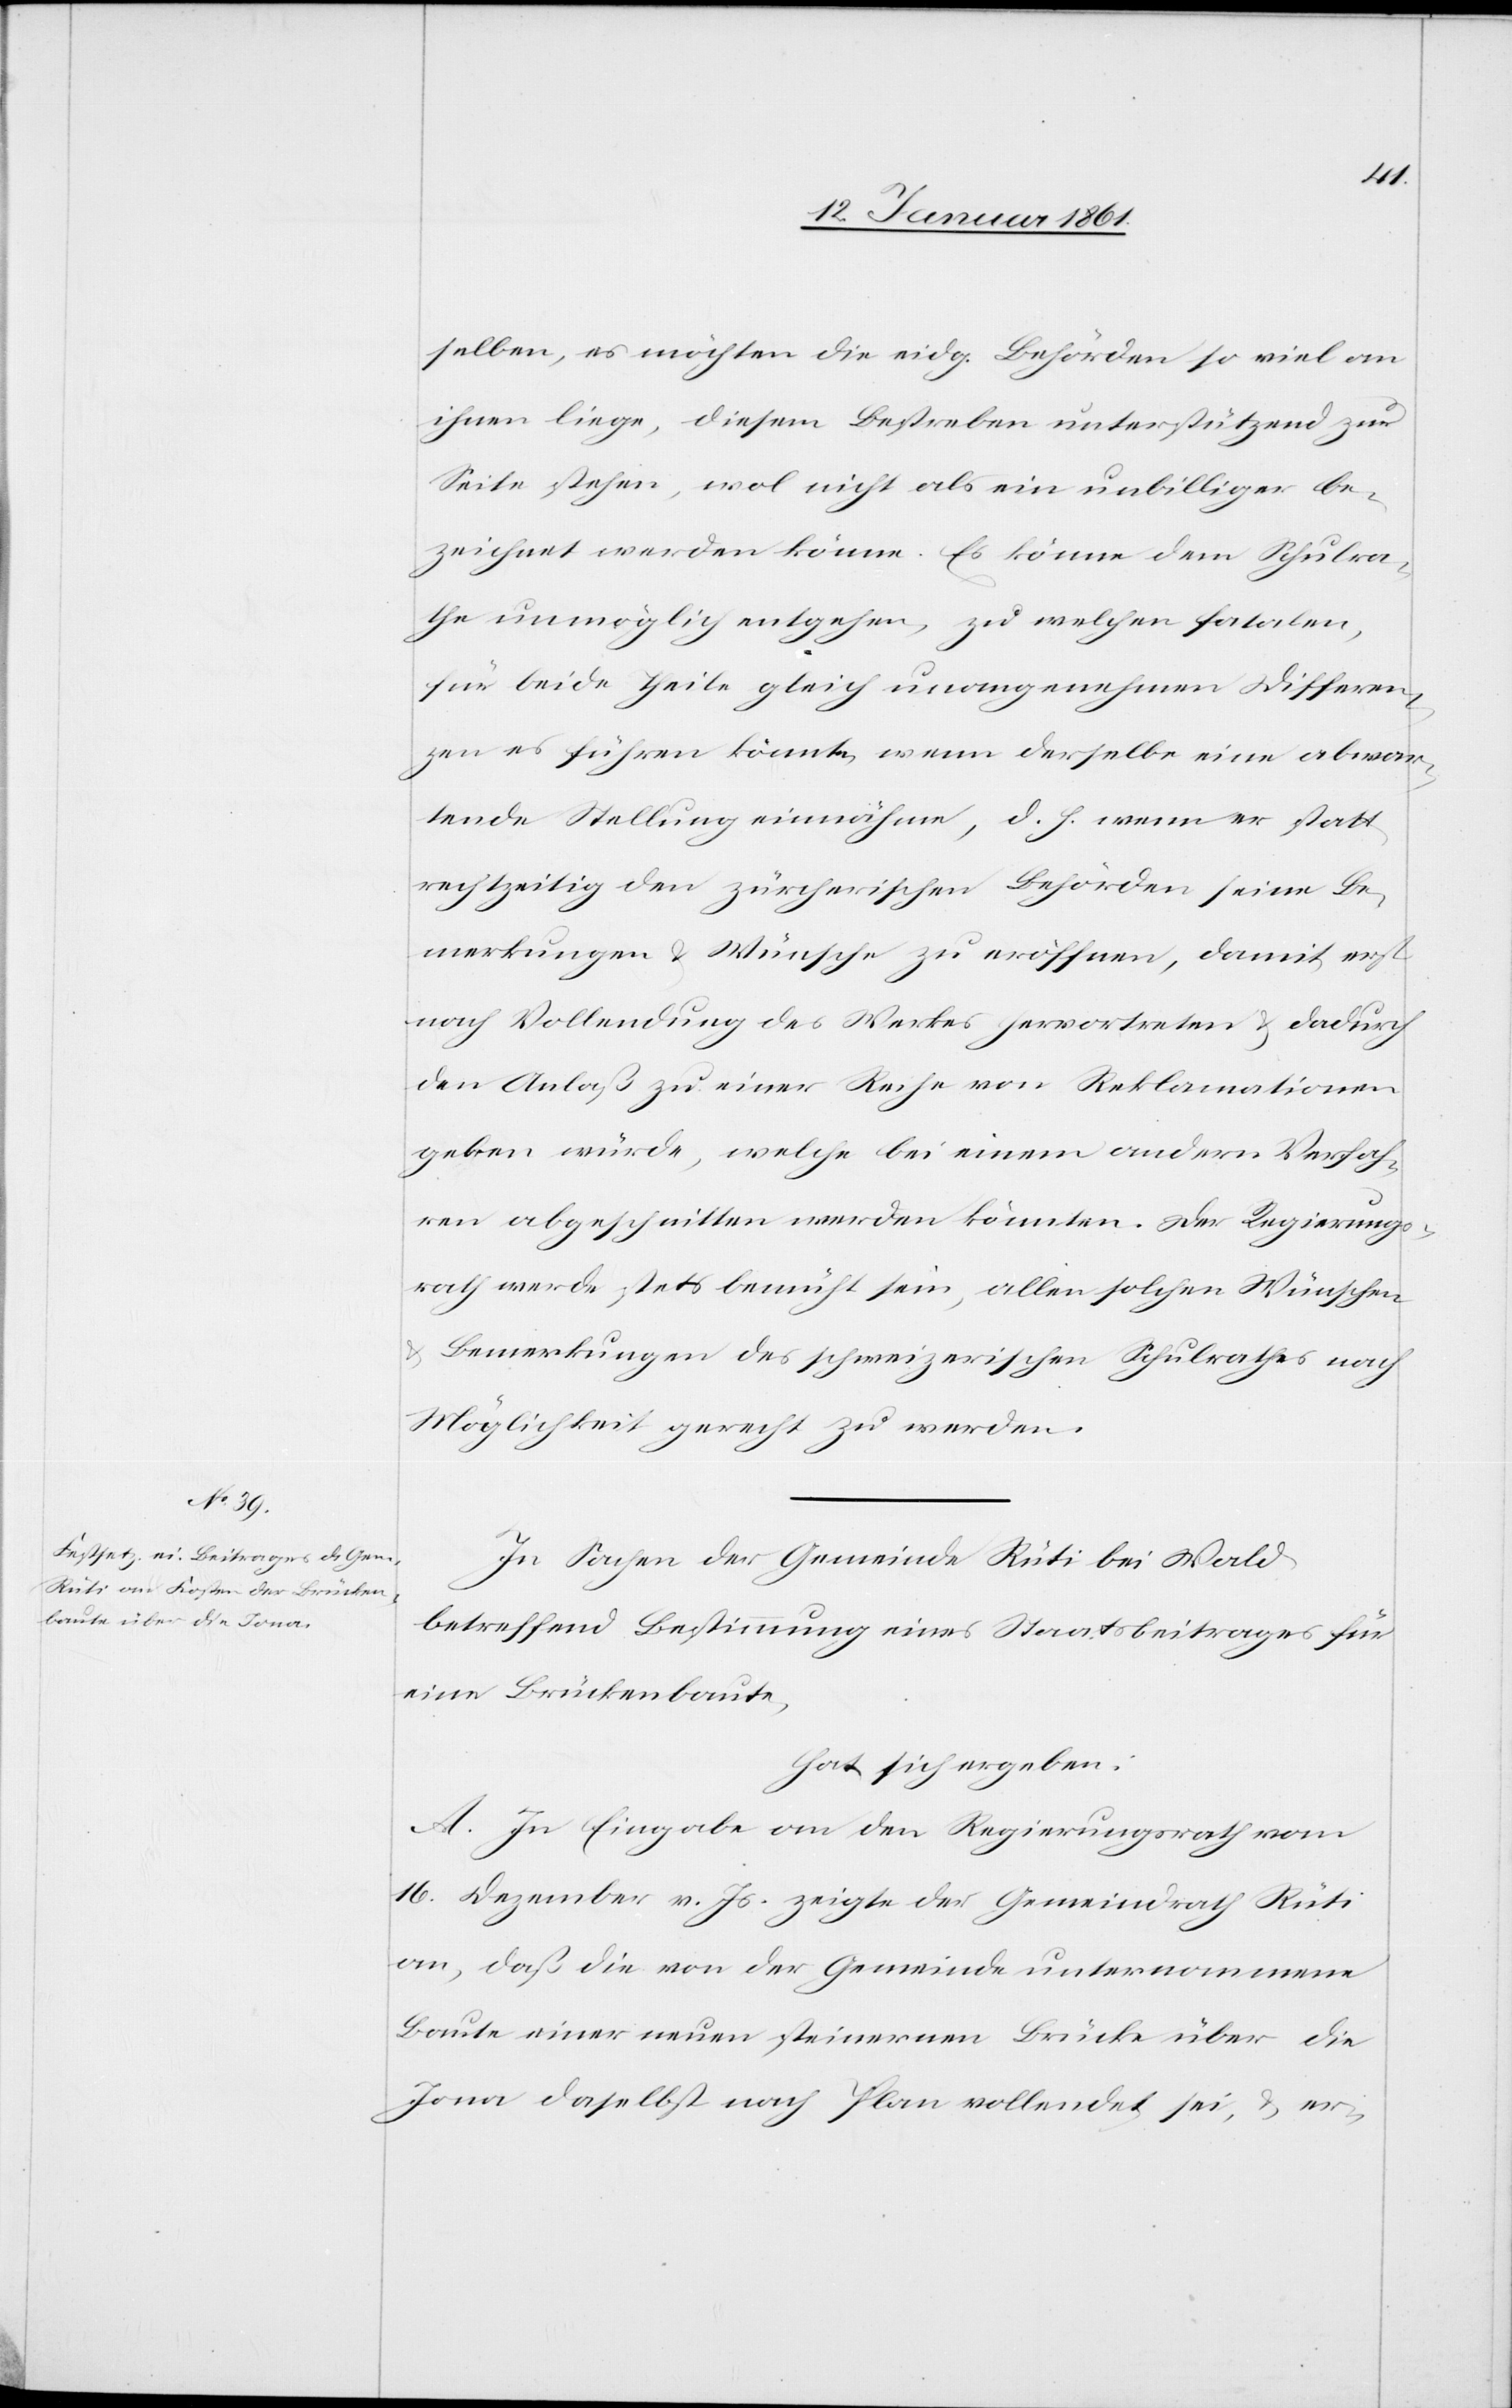
selben, es möchten die eidg. Behörden so viel an
ihnen liege, diesem Bestreben unterstützend zur
Seite stehen, wol nicht als ein unbilliger be¬
zeichnet werden könne. Es könne dem Schulra¬
the unmöglich entgehen, zu welchen fatalen,
für beide Theile gleich unangenehmen Differen¬
zen es führen könnte, wenn derselbe eine abwar¬
tende Stellung einnähme, d. h. wenn er statt
rechtzeitig den zürcherischen Behörden seine Be¬
merkungen u. Wünsche zu eröffnen, damit erst
nach Vollendung des Werkes hervortreten u. dadurch
den Anlaß zu einer Reihe von Reklamationen
geben würde, welche bei einem andern Verfah¬
ren abgeschnitten werden könnten. Der Regierungs¬
rath werde stets bemüht sein, allen solchen Wünschen
u. Bemerkungen des schweizerischen Schulrathes nach
Möglichkeit gerecht zu werden.
In Sachen der Gemeinde Rüti bei Wald
betreffend Bestimmung eines Staatsbeitrages für
eine Brückenbaute,
hat sich ergeben:
A. In Eingabe an den Regierungsrath vom
16. Dezember v. Js. zeigte der Gemeindrath Rüti
an, daß die von der Gemeinde unternommene
Baute einer neuen steinernen Brücke über die
Jona daselbst nach Plan vollendet sei, u. er-